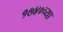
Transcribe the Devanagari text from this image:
१७४०च्या